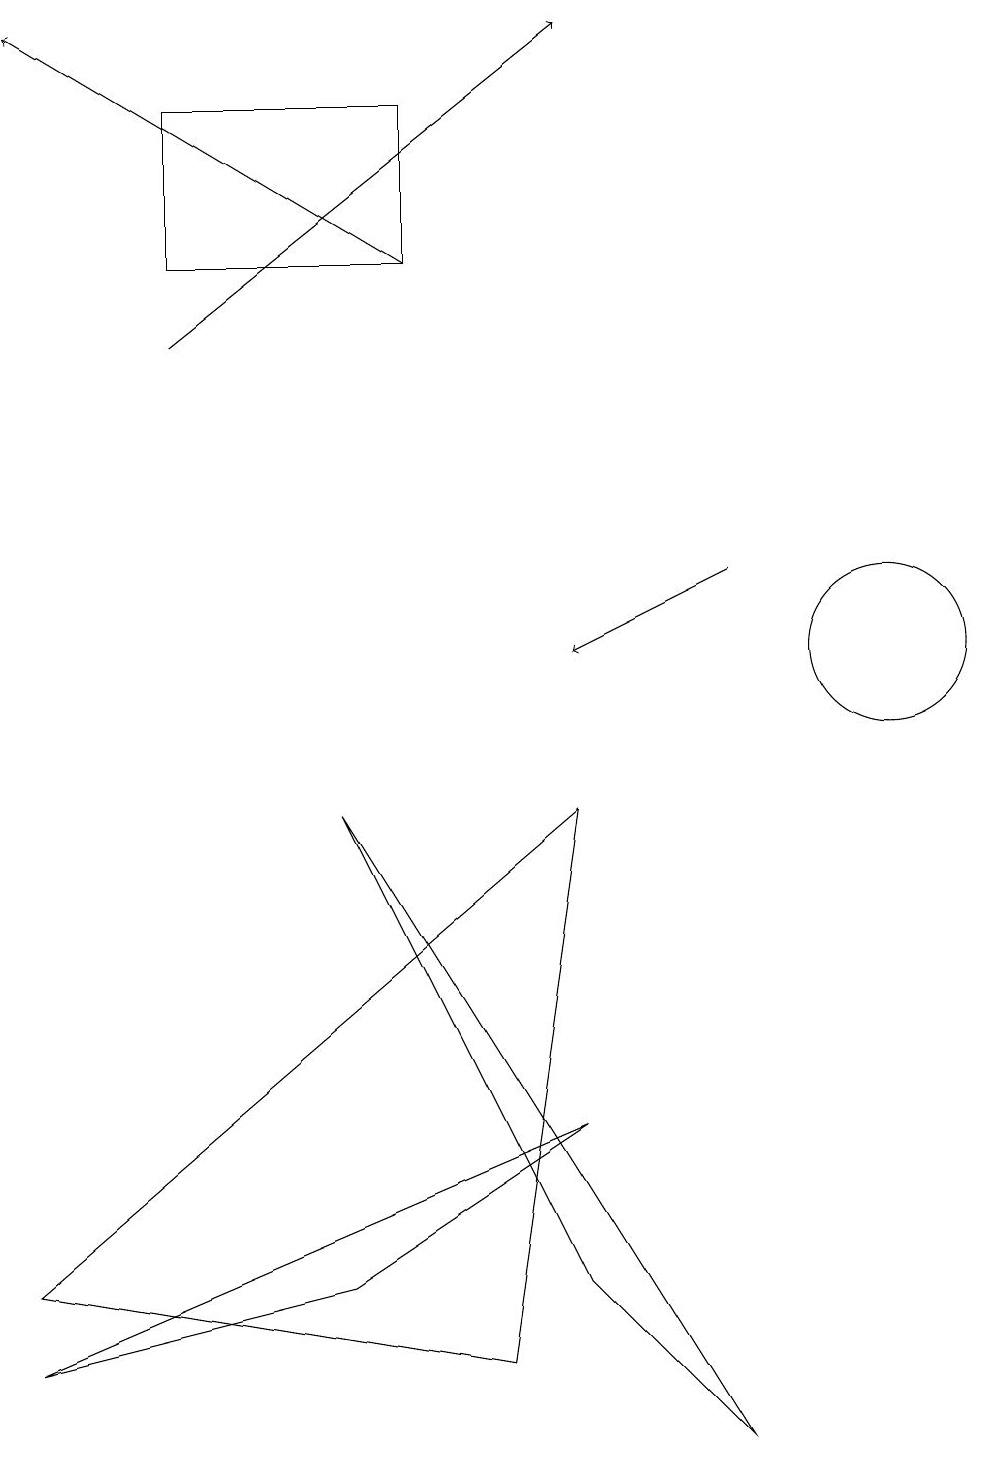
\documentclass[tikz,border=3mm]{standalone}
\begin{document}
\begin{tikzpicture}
\draw[->] (9,12) -- (7,11);
\draw (11,11) circle (1);
\draw (7,5) -- (0,2) -- (4,3) -- cycle;
\draw (5,16) rectangle (2,18);
\draw[->] (5,16) -- (0,19);
\draw[->] (2,15) -- (7,19);
\draw (6,2) -- (7,9) -- (0,3) -- cycle;
\draw (7,3) -- (4,9) -- (9,1) -- cycle;
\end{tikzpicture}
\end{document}